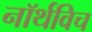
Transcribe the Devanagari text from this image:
नॉर्थविच